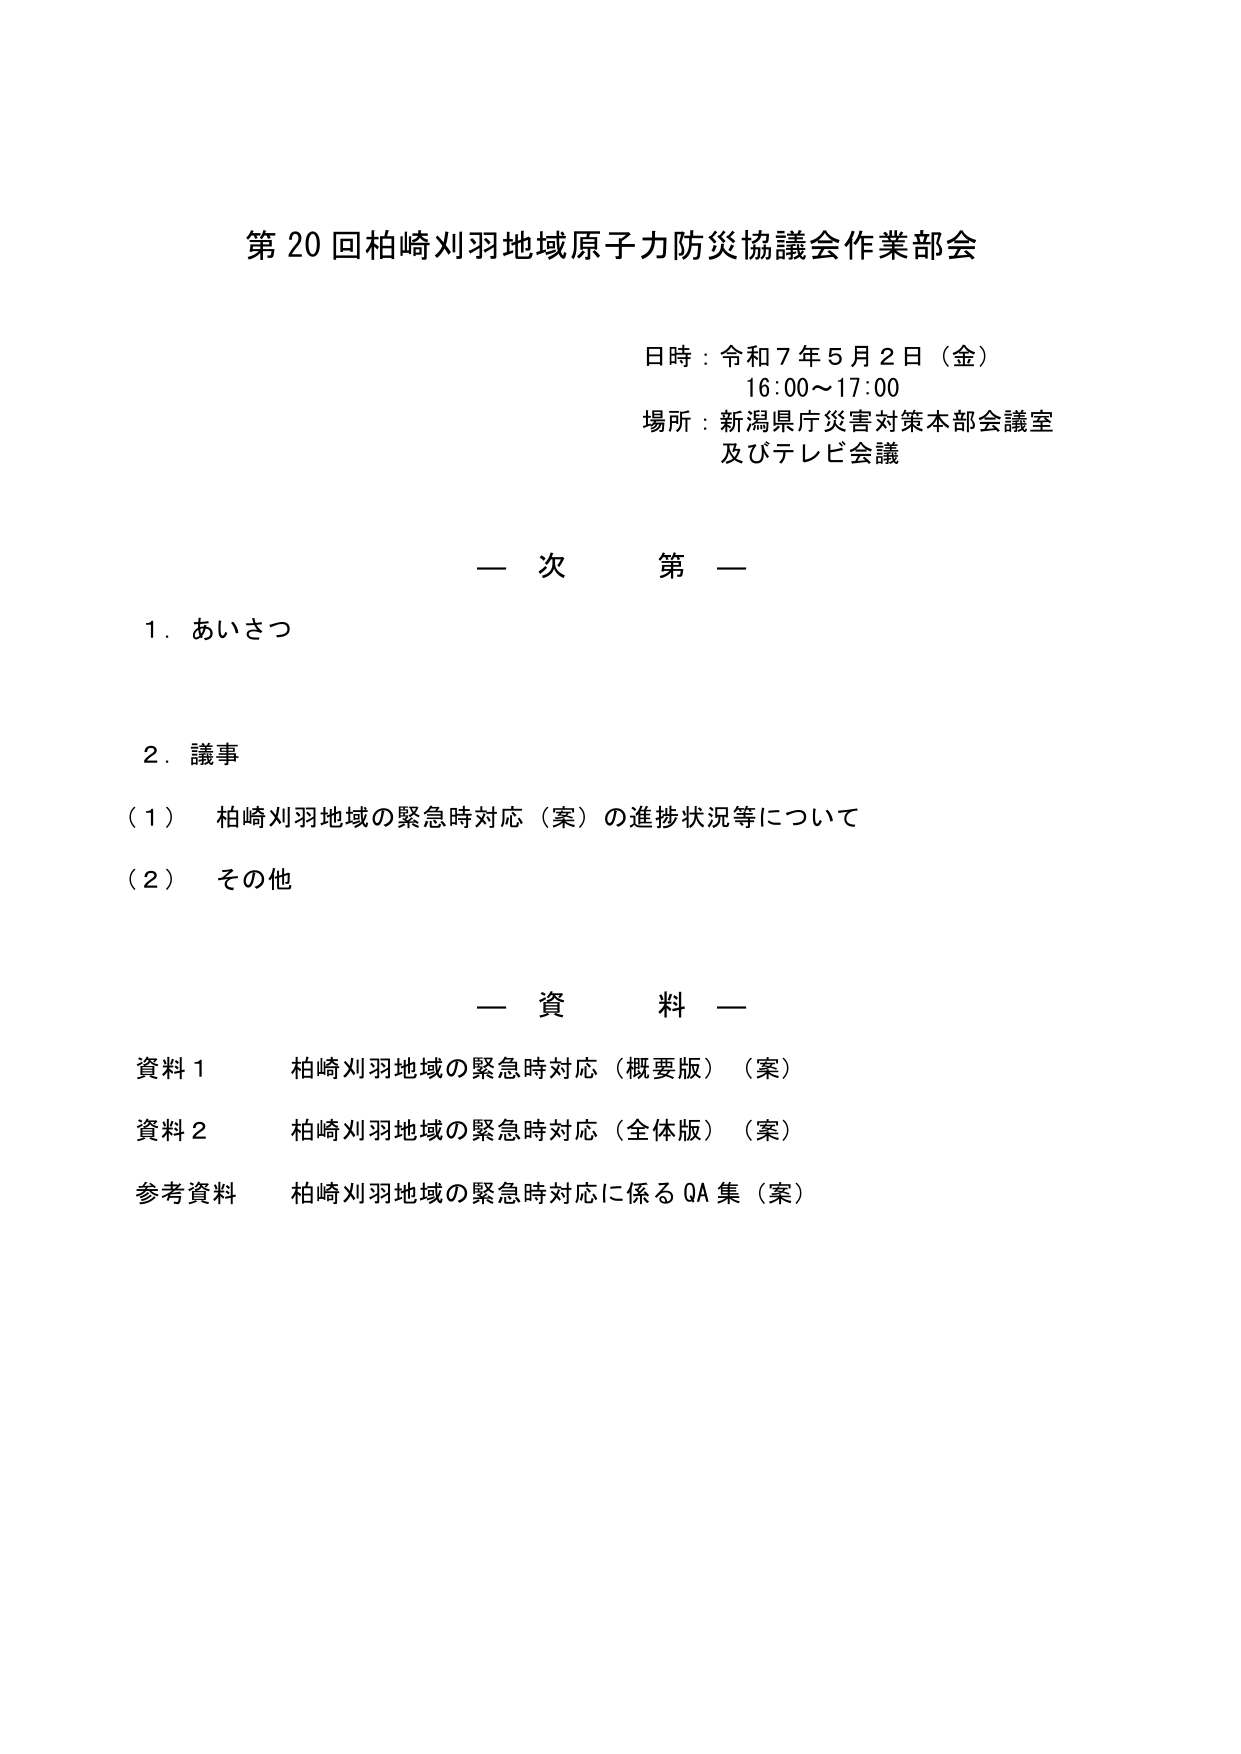
第20回柏崎刈羽地域原子力防災協議会作業部会

日時：令和7年5月2日（金）
16:00～17:00
場所：新潟県庁災害対策本部会議室
及びテレビ会議

一 次 第 一

1. あいさつ

2. 議事
（1） 柏崎刈羽地域の緊急時対応（案）の進捗状況等について
（2） その他

一 資 料 一

資料1 柏崎刈羽地域の緊急時対応（概要版）（案）
資料2 柏崎刈羽地域の緊急時対応（全体版）（案）
参考資料 柏崎刈羽地域の緊急時対応に係るQA集（案）